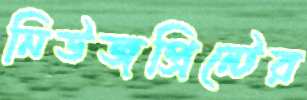
নিউজপ্রিন্টের